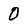
Character: 0